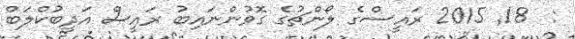
:  18